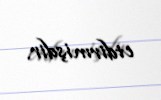
etdirmişdir.